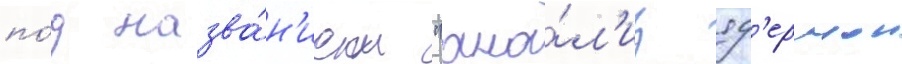
по́д назва́н'ием "ана́л'из яд'ернои